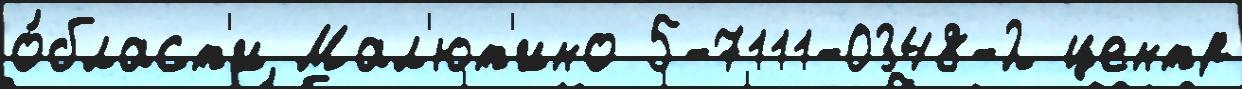
о́бласт'и Мал'ют'ино 5-7111-0348-2 центр